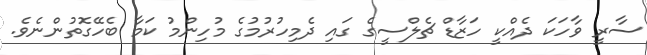
ސާރީ ވާހަކަ ދެއްކީ ހަޒާޑް ޗެލްސީގެ ގައި ދެމިހުރުމުގެ މުހިންމު ކަމާ ބެހޭގޮތުންނެވެ.